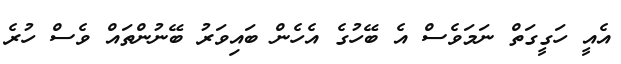
އެއީ ހަގީގަތް ނަމަވެސް އެ ބޭހުގެ އެހެން ބައިވަރު ބޭނުންތައް ވެސް ހުރެ